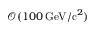
\mathcal { O } ( 1 0 0 \, \mathrm { G e V / c } ^ { 2 } )